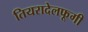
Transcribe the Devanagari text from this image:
तियरादेलफूगी